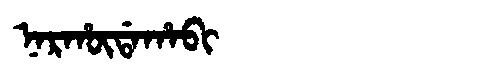
Manchu: ᠨᠠᡵᡥᡡᡩᠠᡥᠠᠪᡳ
Romanization: NARHŪDAHABI